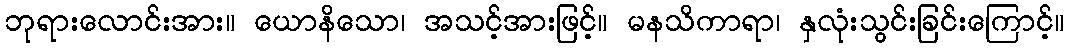
ဘုရားလောင်းအား။ ယောနိသော၊ အသင့်အားဖြင့်။ မနသိကာရာ၊ နှလုံးသွင်းခြင်းကြောင့်။